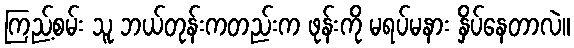
ကြည့်စမ်း သူ ဘယ်တုန်းကတည်းက ဖုန်းကို မရပ်မနား နှိပ်နေတာလဲ။